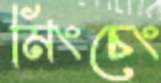
মিংচেং